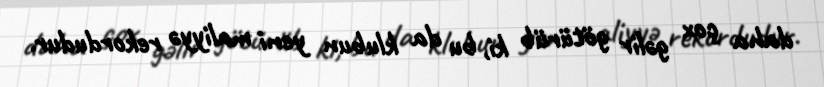
daha çox gəlir götürüb ki, bu da klubun yeni maliyyə rekordudur.